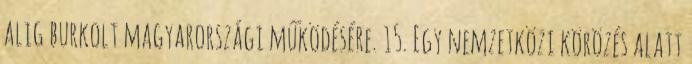
alig burkolt magyarországi működésére. 15. Egy nemzetközi körözés alatt